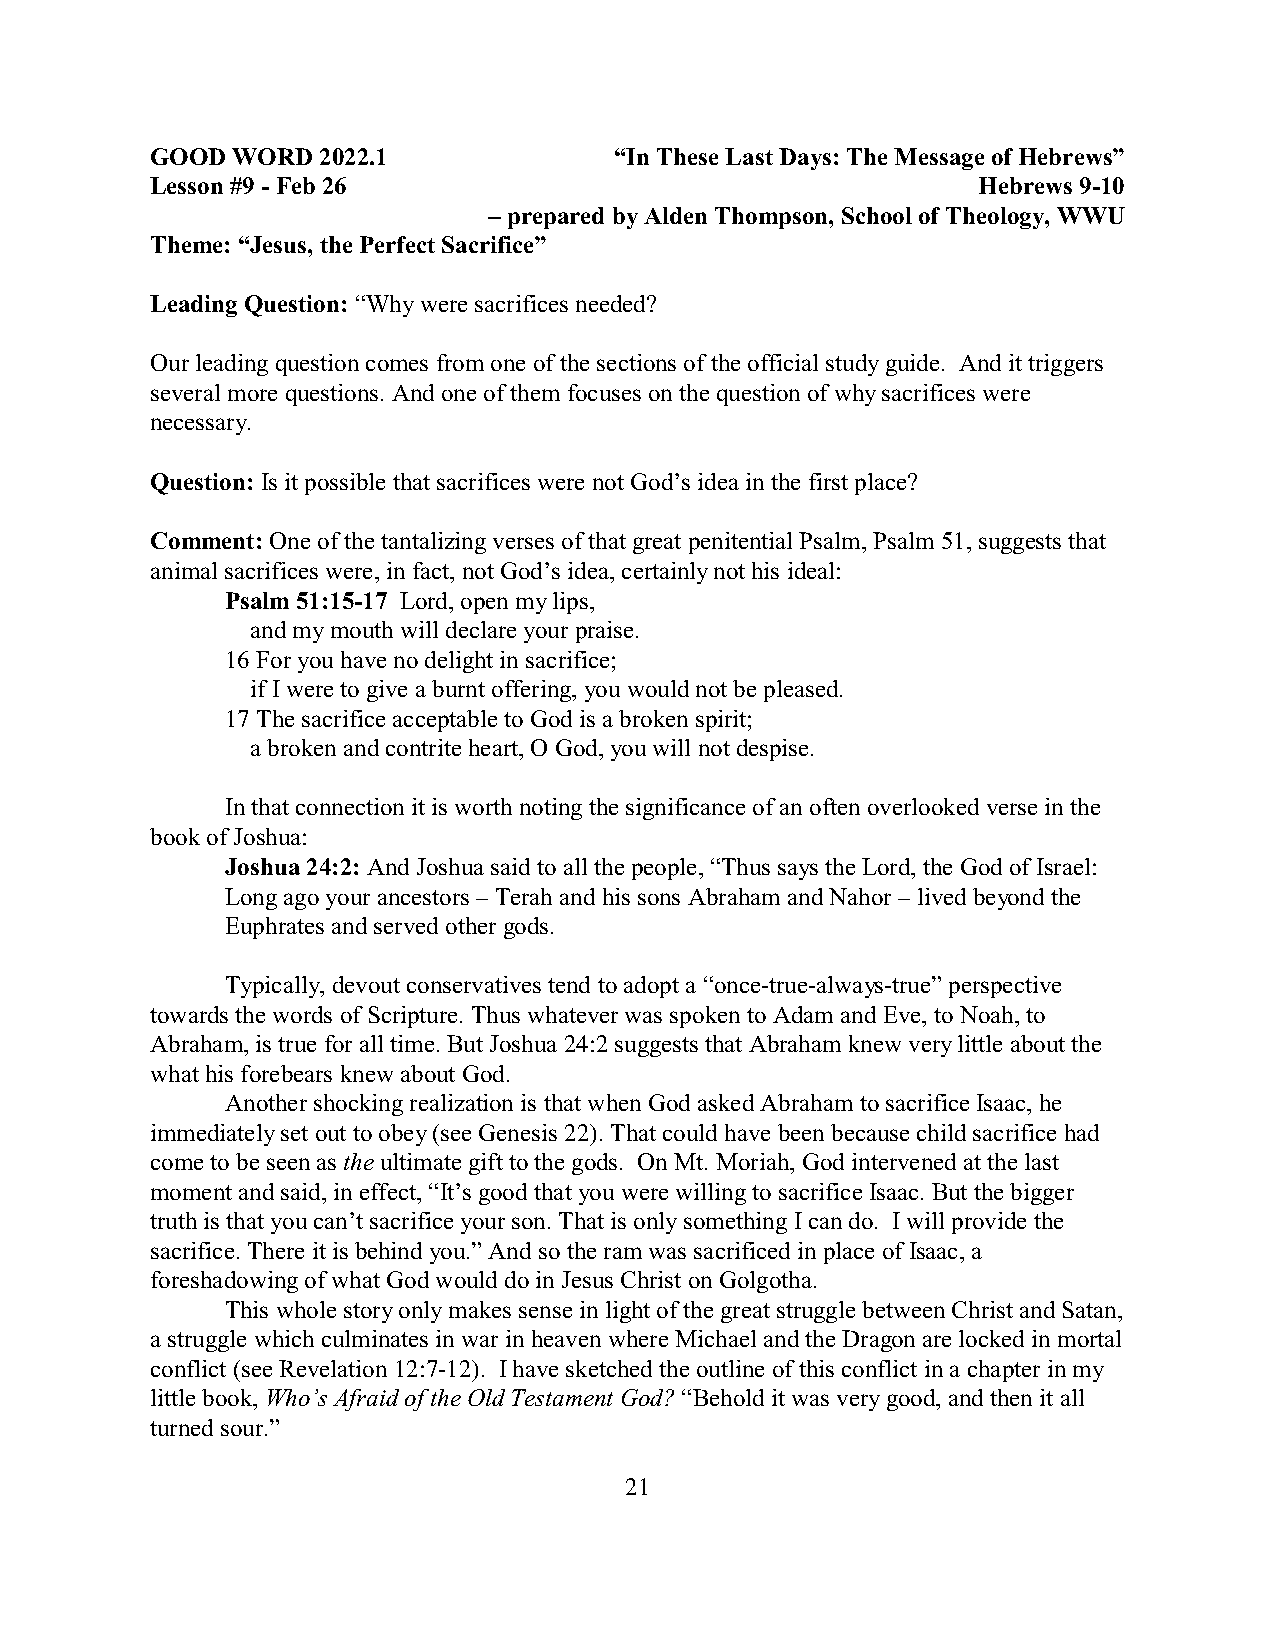
GOOD WORD  2022.1              “In These Last Days: The Message of Hebrews”
 Lesson #9 - Feb 26                                     Hebrews 9-10
 – prepared by Alden Thompson, School of Theology, WWU
 Theme: “Jesus, the Perfect Sacrifice”
 Leading Question: “Why were sacrifices needed?
 Our leading question comes from one of the sections of the official study guide. And it triggers
 several more questions. And one of them focuses on the question of why sacrifices were
 necessary.
 Question: Is it possible that sacrifices were not God’s idea in the first place?
 Comment: One of the tantalizing verses of that great penitential Psalm, Psalm 51, suggests that
 animal sacrifices were, in fact, not God’s idea, certainly not his ideal:
 Psalm 51:15-17 Lord, open my lips,
 and my mouth will declare your praise.
 16 For you have no delight in sacrifice;
 if I were to give a burnt offering, you would not be pleased.
 17 The sacrifice acceptable to God is a broken spirit;
 a broken and contrite heart, O God, you will not despise.
 In that connection it is worth noting the significance of an often overlooked verse in the
 book of Joshua:
 Joshua 24:2: And Joshua said to all the people, “Thus says the Lord, the God of Israel:
 Long ago your ancestors – Terah and his sons Abraham and Nahor – lived beyond the
 Euphrates and served other gods.
 Typically, devout conservatives tend to adopt a “once-true-always-true” perspective
 towards the words of Scripture. Thus whatever was spoken to Adam and Eve, to Noah, to
 Abraham, is true for all time. But Joshua 24:2 suggests that Abraham knew very little about the
 what his forebears knew about God.
 Another shocking realization is that when God asked Abraham to sacrifice Isaac, he
 immediately set out to obey (see Genesis 22). That could have been because child sacrifice had
 come to be seen as the ultimate gift to the gods. On Mt. Moriah, God intervened at the last
 moment and said, in effect, “It’s good that you were willing to sacrifice Isaac. But the bigger
 truth is that you can’t sacrifice your son. That is only something I can do. I will provide the
 sacrifice. There it is behind you.” And so the ram was sacrificed in place of Isaac, a
 foreshadowing of what God would do in Jesus Christ on Golgotha.
 This whole story only makes sense in light of the great struggle between Christ and Satan,
 a struggle which culminates in war in heaven where Michael and the Dragon are locked in mortal
 conflict (see Revelation 12:7-12). I have sketched the outline of this conflict in a chapter in my
 little book, Who’s Afraid of the Old Testament God? “Behold it was very good, and then it all
 turned sour.”
 21